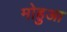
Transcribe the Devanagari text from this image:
मोहुआ